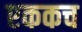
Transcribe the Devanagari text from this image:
एककच